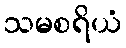
သမစရိယံ